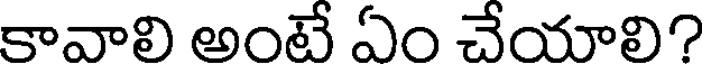
కావాలి అంటే ఏం చేయాలి?